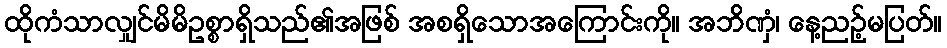
ထိုကံသာလျှင်မိမိဥစ္စာရှိသည်၏အဖြစ် အစရှိသောအကြောင်းကို။ အဘိဏှံ၊ နေ့ညဉ့်မပြတ်။